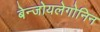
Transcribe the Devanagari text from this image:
बेन्जोयलेगोनिन